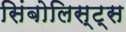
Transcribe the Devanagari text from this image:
सिंबोलिस्ट्स